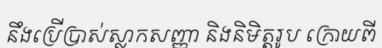
នឹងប្រើប្រាស់ស្លាកសញ្ញា និងនិមិត្តរូប ក្រោយពី